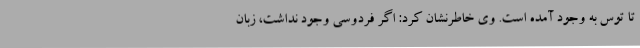
تا توس به وجود آمده است. وی خاطرنشان کرد: اگر فردوسی وجود نداشت، زبان